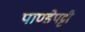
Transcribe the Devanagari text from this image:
पाण्डेपट्टी